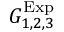
G _ { 1 , 2 , 3 } ^ { \mathrm { E x p } }